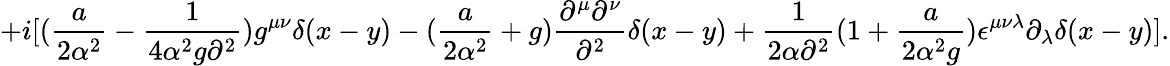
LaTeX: +i[({\frac{a}{2\alpha^{2}}}-{\frac{1}{4\alpha^{2}g\partial^{2}}})g^{\mu\nu}\delta(x-y)-({\frac{a}{2\alpha^{2}}}+g){\frac{\partial^{\mu}\partial^{\nu}}{\partial^{2}}}\delta(x-y)+{\frac{1}{2\alpha\partial^{2}}}(1+{\frac{a}{2\alpha^{2}g}})\epsilon^{\mu\nu\lambda}\partial_{\lambda}\delta(x-y)].